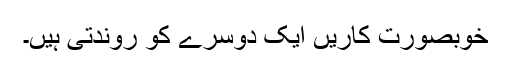
خوبصورت کاریں ایک دوسرے کو روندتی ہیں۔